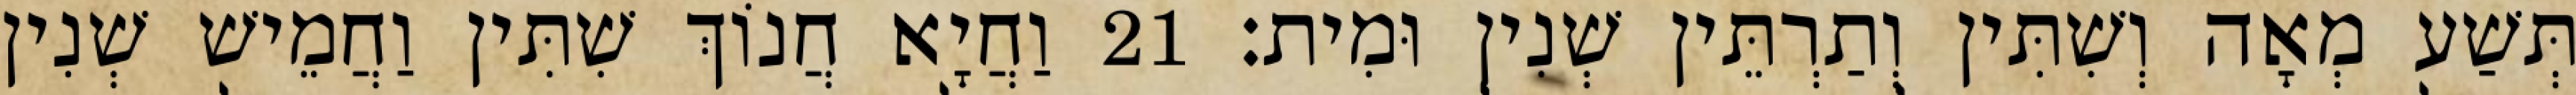
תְּשַׁע מְאָה וְשִׁתִּין וְתַרְתֵּין שְׁנִין וּמִית׃ 21 וַחֲיָא חֲנוֹךְ שִׁתִּין וַחֲמֵישׁ שְׁנִין